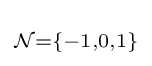
\scriptstyle {\mathcal {N}}=\{-1,0,1\}